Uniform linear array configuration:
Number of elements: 24
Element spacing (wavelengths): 0.25
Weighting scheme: binomial
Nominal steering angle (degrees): -60
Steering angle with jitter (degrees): -61.871
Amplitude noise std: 0.05
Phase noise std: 0.05

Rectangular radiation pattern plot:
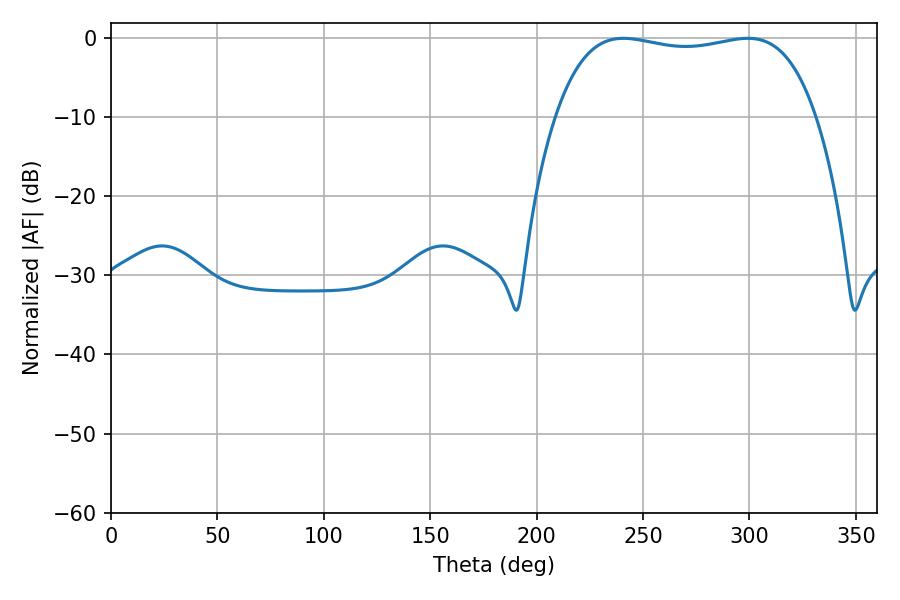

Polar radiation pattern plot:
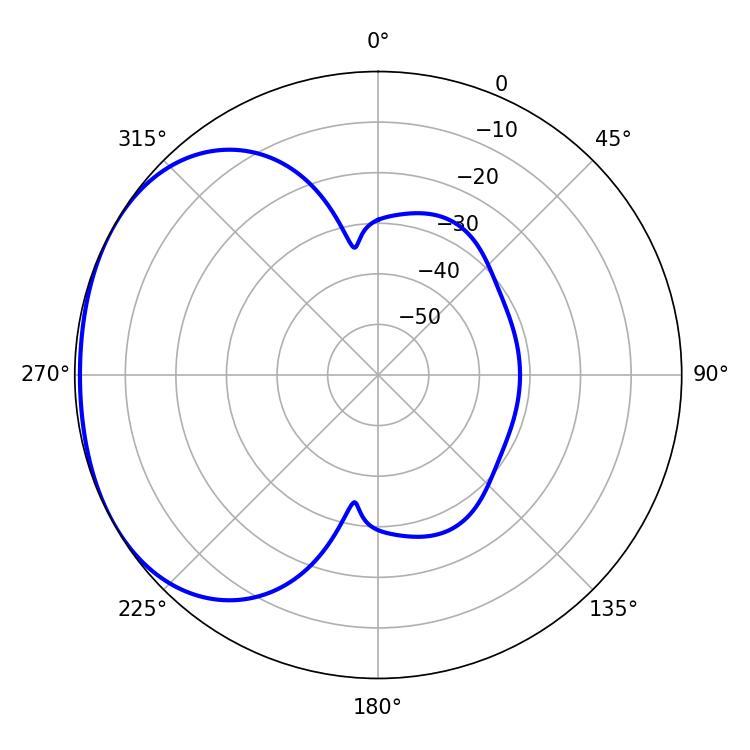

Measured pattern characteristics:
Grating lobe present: FALSE
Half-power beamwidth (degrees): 97.92
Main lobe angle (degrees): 240.84